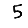
Digit: 5